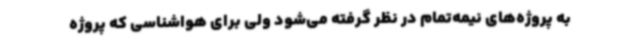
به پروژه‌های نیمه‌تمام در نظر گرفته می‌شود ولی برای هواشناسی که پروژه